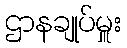
ဌာနချုပ်မှူး